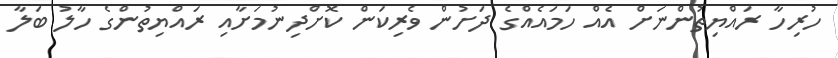
ހުރިހާ ރައްޔިތުންނަށް އެއް ހަމައެއްގެ ދަށުން ވެރިކަން ކޮށްދިނުމަށާއި ރައްޔިތުންގެ ހާލު ބަލާ